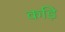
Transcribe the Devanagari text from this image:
कड़ि